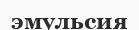
эмульсия